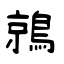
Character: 鶁